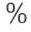
%